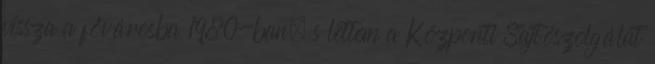
vissza a fővárosba 1980-ban, s lettem a Központi Sajtószolgálat